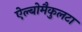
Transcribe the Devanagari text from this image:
ऐल्बोमैकुलटा